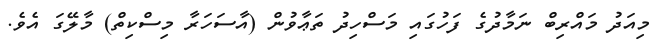
މިއަދު މައްރިބް ނަމާދުގެ ފަހުގައި މަސްހިދު ތަޢާވުން (އާސަހަރާ މިސްކިތް) މާލޭގަ އެވެ.